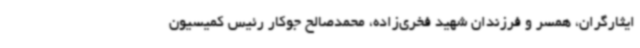
ایثارگران، همسر و فرزندان شهید فخری‌زاده، محمدصالح جوکار رئیس کمیسیون